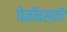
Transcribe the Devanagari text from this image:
पेनॉबस्कॉट